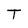
Character: T